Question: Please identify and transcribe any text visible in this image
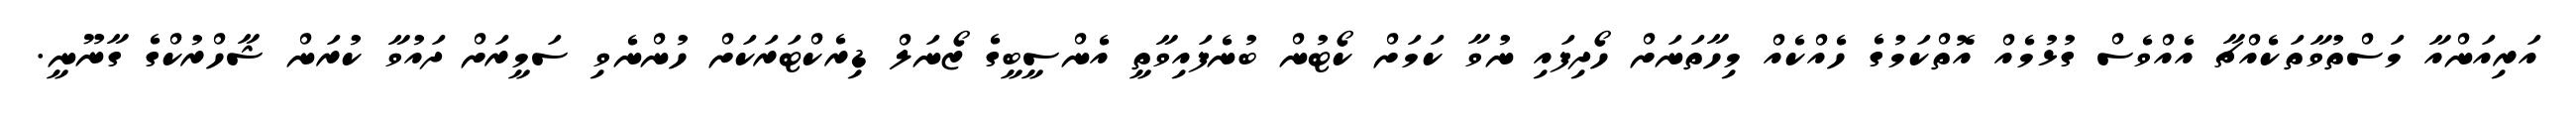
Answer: އަރިއަންއާ މަސްތުވާތަކެއްޗާ އެއްވެސް ގުޅުމެއް އޮތްކަމުގެ ހެއްކެއް މިހާތަނަށް ހޯދިފައި ނުވާ ކަމަށް ކޯޓުން ބުނެފައިވާތީ އެންސީބީގެ ޒޯނަލް ޑިރެކްޓަރަކަށް ހުންނެވި ސަމީރަށް ދައުވާ ކުރަން ޝާހްރުކްގެ ގާނޫނީ.